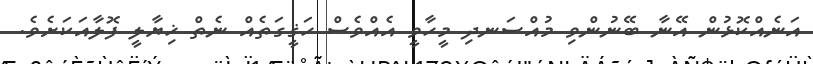
އަނެއްކޮޅުން އޭނާ ބޭނުންވި މުއްސަނދި މީހާވީ އެއްވެސް ހަޤީގަތެއް ނެތް ޚިޔާލީ ފޮލާއަކަށެވެ.